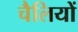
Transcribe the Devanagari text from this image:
चैलियों